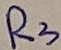
Text: R3